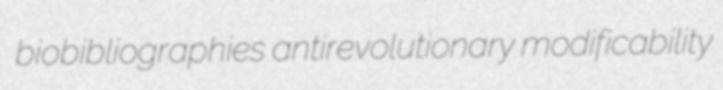
biobibliographies antirevolutionary modificability